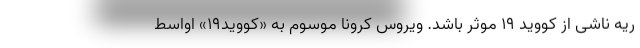
ریه ناشی از کووید ۱۹ موثر باشد. ویروس کرونا موسوم به «کووید۱۹» اواسط